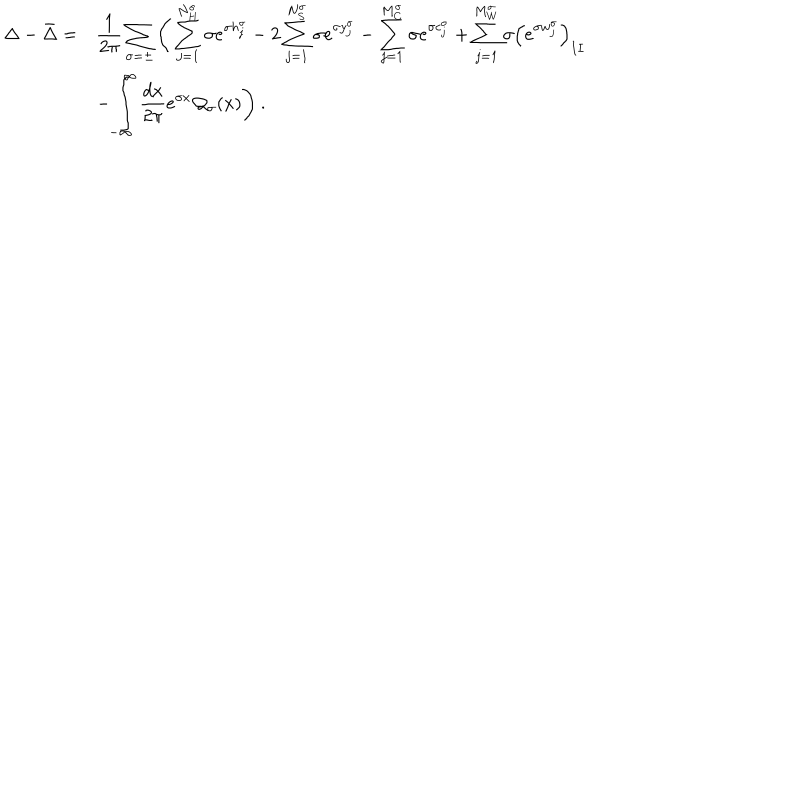
LaTeX: \begin{array} { r l } { { \displaystyle \Delta - \bar { \Delta } = } } & { { \displaystyle \frac { 1 } { 2 \pi } \displaystyle \sum _ { \sigma = \pm } \Bigg ( \displaystyle \sum _ { j = 1 } ^ { N _ { H } ^ { \sigma } } \sigma e ^ { \sigma h _ { j } ^ { \sigma } } - 2 \displaystyle \sum _ { j = 1 } ^ { N _ { S } ^ { \sigma } } \sigma e ^ { \sigma y _ { j } ^ { \sigma } } - \displaystyle \sum _ { j = 1 } ^ { M _ { C } ^ { \sigma } } \sigma e ^ { \sigma c _ { j } ^ { \sigma } } + \displaystyle \sum _ { j = 1 } ^ { M _ { W } ^ { \sigma } } \sigma \left( e ^ { \sigma w _ { j } ^ { \sigma } } \right) _ { I I } } } \\ { { } } & { { - \displaystyle \int _ { - \infty } ^ { \infty } \displaystyle \frac { d x } { 2 \pi } e ^ { \sigma x } { \cal Q } _ { \sigma } ( x ) \Bigg ) \: . } } \\ \end{array}